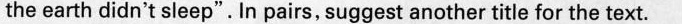
the earth didn't sleep". In pairs, suggest another title for the text.